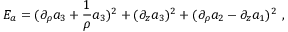
E _ { a } = ( \partial _ { \rho } a _ { 3 } + { \frac { 1 } { \rho } } a _ { 3 } ) ^ { 2 } + ( \partial _ { z } a _ { 3 } ) ^ { 2 } + ( \partial _ { \rho } a _ { 2 } - \partial _ { z } a _ { 1 } ) ^ { 2 } \ ,